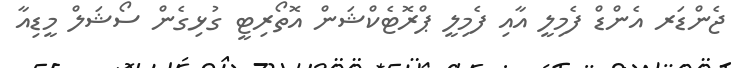
ޖެންޑަރ އެންޑް ފެމިލީ އާއި ފެމިލީ ޕްރޮޓެކްޝަން އޮތޯރިޓީ ގުޅިގެން ސޯޝަލް މީޑިއާ